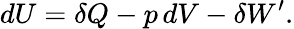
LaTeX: dU=\delta Q-p\, dV-\delta W^{\prime}.